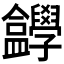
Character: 𡦸